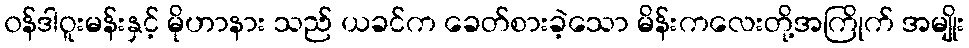
၀န်ဒါဝူးမန်းနှင့် မိုဟာနား သည် ယခင်က ခေတ်စားခဲ့သော မိန်းကလေးတို့အကြိုက် အမျိုး